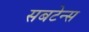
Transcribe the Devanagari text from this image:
सबटेन्स